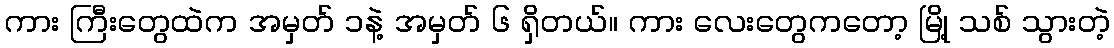
ကား ကြီးတွေထဲက အမှတ် ၁နဲ့ အမှတ် ၆ ရှိတယ်။ ကား လေးတွေကတော့ မြို့ သစ် သွားတဲ့